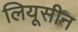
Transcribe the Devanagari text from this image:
लियूसीन